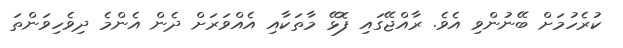
ކުރެހުމަށް ބޭނުންވި އެވެ. ރާއްޖޭގައި ފޮޅޭ މާތަކާއި އެއްވަރަށް ދެން އެންމެ ދިވެހިވަންތަ